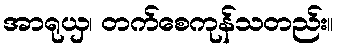
အာရုယှ၊ တက်စေကုန်သတည်း။